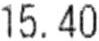
15.40